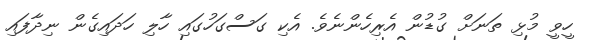
ހީވީ މުޅި ތަނަށް ގުޑުން އެރިހެންނެވެ. އެކި ގަސްގަހުގައި ހާލި ހަދައިގެން ނިދާފައި